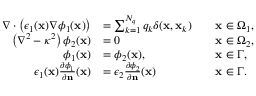
\begin{array} { r l r l } { \nabla \cdot \left( \epsilon _ { 1 } ( \mathbf { x } ) \nabla \phi _ { 1 } ( \mathbf { x } ) \right) } & { = \sum _ { k = 1 } ^ { N _ { q } } q _ { k } \delta ( \mathbf { x } , \mathbf { x } _ { k } ) } & & { \mathbf { x } \in \Omega _ { 1 } , } \\ { \left( \nabla ^ { 2 } - \kappa ^ { 2 } \right) \phi _ { 2 } ( \mathbf { x } ) } & { = 0 } & & { \mathbf { x } \in \Omega _ { 2 } , } \\ { \phi _ { 1 } ( \mathbf { x } ) } & { = \phi _ { 2 } ( \mathbf { x } ) , } & & { \mathbf { x } \in \Gamma , } \\ { \epsilon _ { 1 } ( \mathbf { x } ) \frac { \partial \phi _ { 1 } } { \partial \mathbf { n } } ( \mathbf { x } ) } & { = \epsilon _ { 2 } \frac { \partial \phi _ { 2 } } { \partial \mathbf { n } } ( \mathbf { x } ) } & & { \mathbf { x } \in \Gamma . } \end{array}